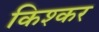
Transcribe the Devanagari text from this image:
किश्कर